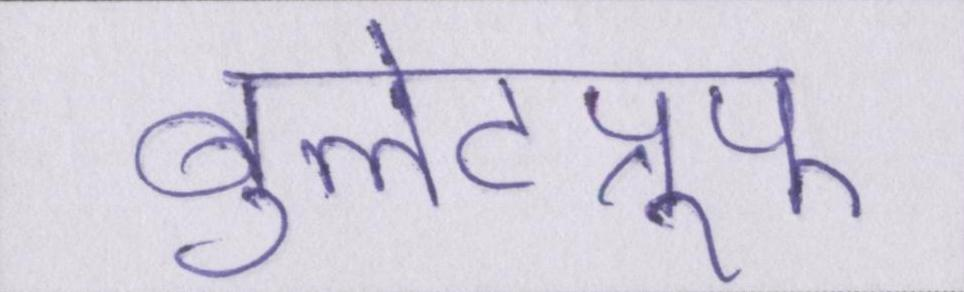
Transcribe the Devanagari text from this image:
बुलेटप्रूफ